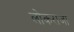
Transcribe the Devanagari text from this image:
लोकराजा